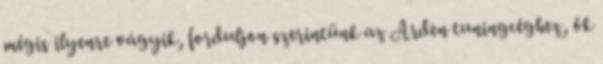
mégis ilyenre vágyik, forduljon szerintünk az Arden tuningcéghez, ők